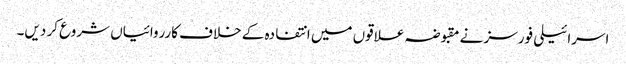
اسرائیلی فورسز نے مقبوضہ علاقوں میں انتفادہ کے خلاف کارروائیاں شروع کر دیں۔